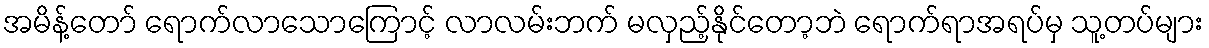
အမိန့်တော် ရောက်လာသောကြောင့် လာလမ်းဘက် မလှည့်နိုင်တော့ဘဲ ရောက်ရာအရပ်မှ သူ့တပ်များ